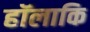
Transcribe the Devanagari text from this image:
हॉलाकि